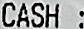
CASH :